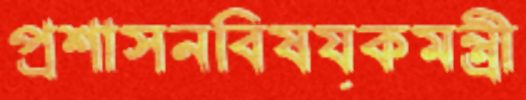
প্রশাসনবিষয়কমন্ত্রী